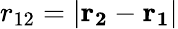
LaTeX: r_{12}=|\mathbf{r_{2}}-\mathbf{r_{1}}|